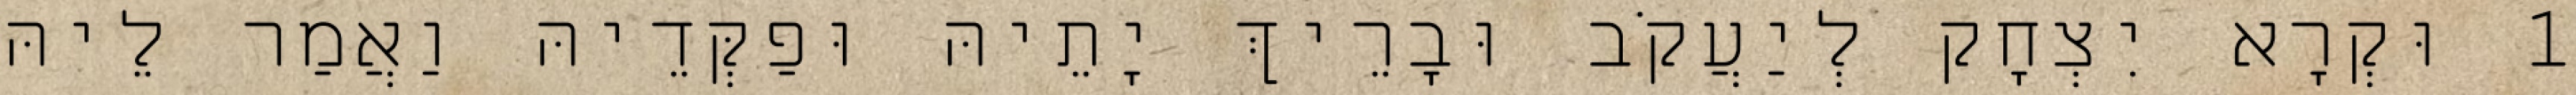
1 וּקְרָא יִצְחָק לְיַעֲקֹב וּבָרֵיךְ יָתֵיהּ וּפַקְּדֵיהּ וַאֲמַר לֵיהּ